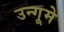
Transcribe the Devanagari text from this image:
उन्गूमे